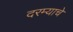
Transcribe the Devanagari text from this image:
दरम्याचे